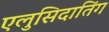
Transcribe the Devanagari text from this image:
एलुसिदातिंग